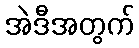
အဲဒီအတွက်